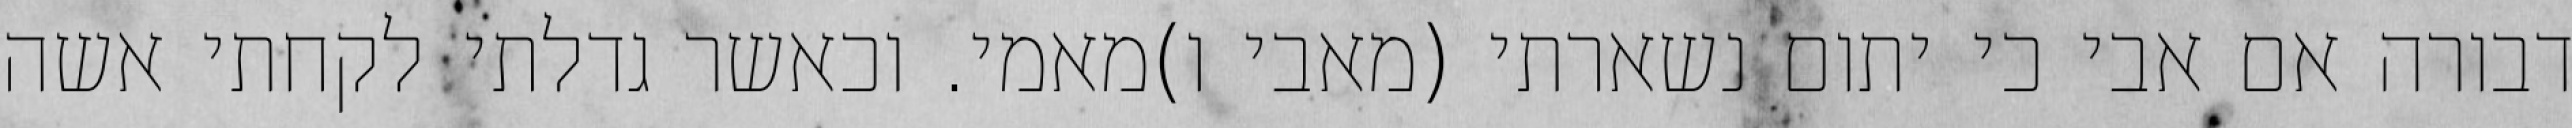
דבורה אם אבי כי יתום נשארתי (מאבי ו)מאמי. וכאשר גדלתי לקחתי אשה